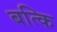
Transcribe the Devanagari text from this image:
बत्कि